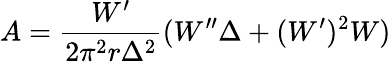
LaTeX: A=\frac{W^{\prime}}{2\pi^{2}r\Delta^{2}}(W^{\prime\prime}\Delta+(W^{\prime})^{2}W)